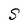
Character: S